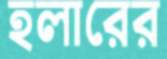
হলারের